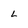
Character: L